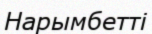
Нарымбетті